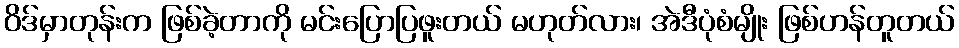
ဝိဒ်မှာတုန်းက ဖြစ်ခဲ့တာကို မင်းပြောပြဖူးတယ် မဟုတ်လား၊ အဲဒီပုံစံမျိုး ဖြစ်ဟန်တူတယ်